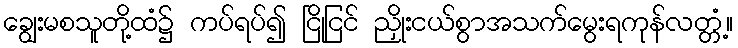
ချွေးမစသူတို့ထံ၌ ကပ်ရပ်၍ ငြိုငြင် ညှိုးငယ်စွာအသက်မွေးရကုန်လတ္တံ့။